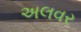
અલવર